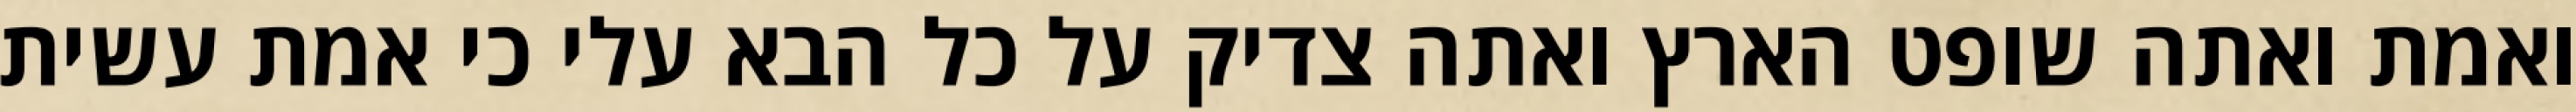
ואמת ואתה שופט הארץ ואתה צדיק על כל הבא עלי כי אמת עשית